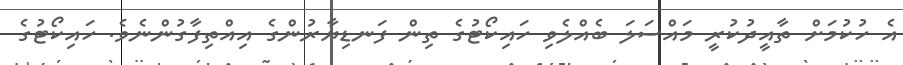
އެ ހުކުމަށް ތާއީދުކުރީ މައްސަލަ ބެއްލެވި ހައިކޯޓުގެ ތިން ފަނޑިޔާރުންގެ އިއްތިފާގުންނެވެ. ހައިކޯޓުގެ